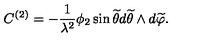
C ^ { ( 2 ) } = - \frac { 1 } { \lambda ^ { 2 } } \phi _ { 2 } \sin { \widetilde \theta } d { \widetilde \theta } \wedge d { \widetilde \varphi } .